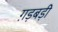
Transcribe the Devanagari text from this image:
ग़ड़बड़ी